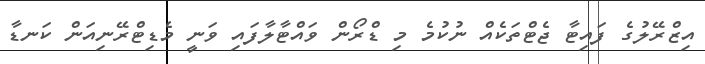
އިޒްރޭލުގެ ފައިޓާ ޖެޓްތަކެއް ނުކުމެ މި ޑްރޯން ވައްޓާލާފައި ވަނީ މެޑިޓްރޭނިއަން ކަނޑާ